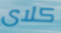
كلاى